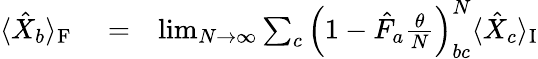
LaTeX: \begin{array}{rlr}{\langle\hat{X}_{b}\rangle_{\mathrm{F}}}&{{}=}&{\operatorname*{lim}_{N\rightarrow\infty}\sum_{c}\left(1-\hat{F}_{a}\frac{\theta}{N}\right)_{bc}^{N}\langle\hat{X}_{c}\rangle_{\mathrm{I}}}\end{array}